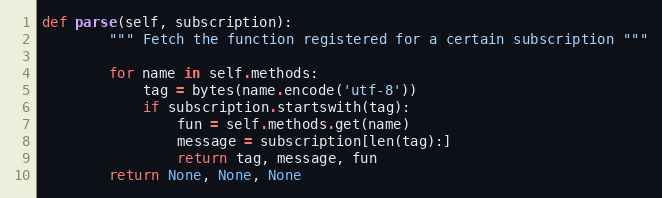
Language: Python
def parse(self, subscription):
        """ Fetch the function registered for a certain subscription """

        for name in self.methods:
            tag = bytes(name.encode('utf-8'))
            if subscription.startswith(tag):
                fun = self.methods.get(name)
                message = subscription[len(tag):]
                return tag, message, fun
        return None, None, None